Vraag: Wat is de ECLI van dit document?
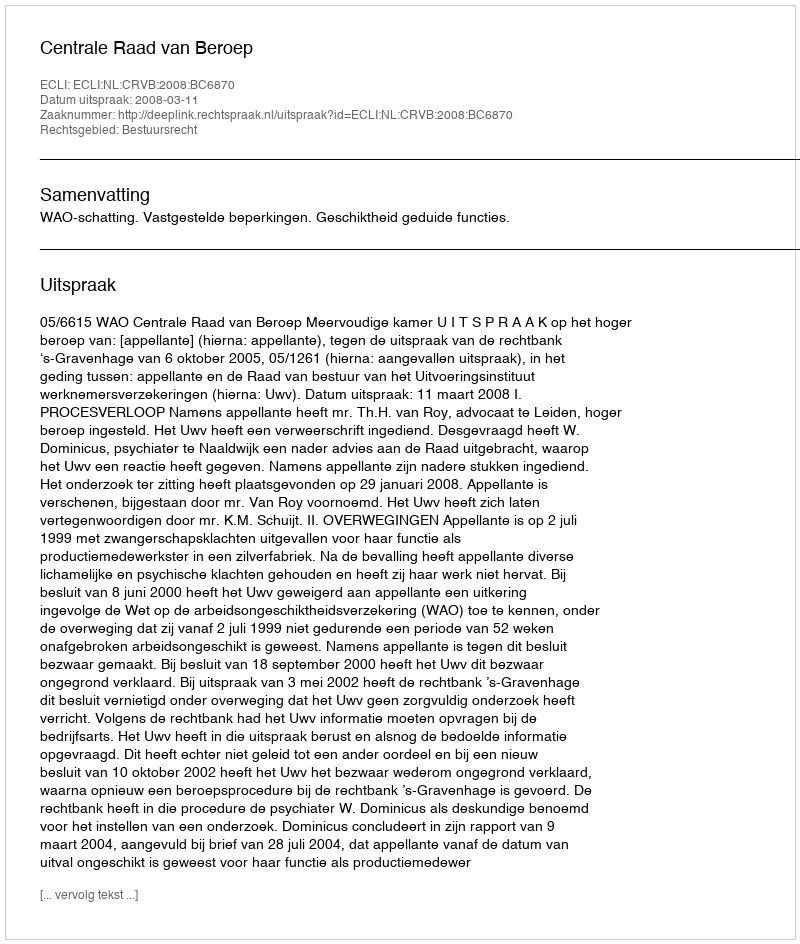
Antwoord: ECLI:NL:CRVB:2008:BC6870